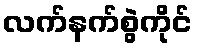
လက်နက်စွဲကိုင်